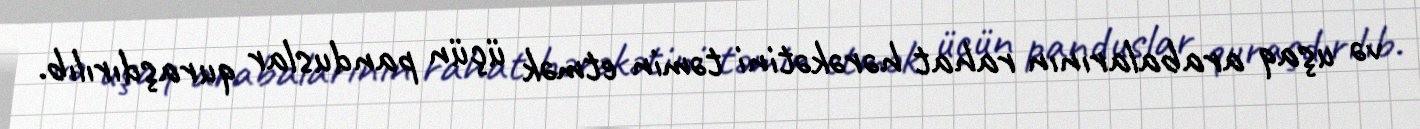
və uşaq arabalarının rahat hərəkətini təmin etmək üçün panduslar quraşdırılıb.